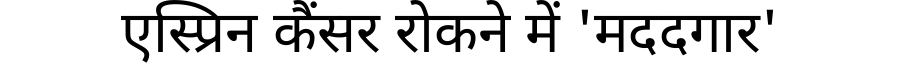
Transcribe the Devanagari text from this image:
एस्प्रिन कैंसर रोकने में 'मददगार'